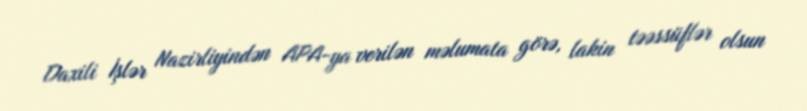
Daxili İşlər Nazirliyindən APA-ya verilən məlumata görə, lakin təəssüflər olsun